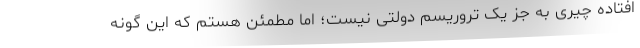
افتاده چیری به جز یک تروریسم دولتی نیست؛ اما مطمئن هستم که این گونه